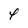
Character: 4